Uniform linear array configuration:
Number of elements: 16
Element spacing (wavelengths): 0.25
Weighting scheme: binomial
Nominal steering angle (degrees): -15
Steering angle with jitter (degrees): -16.816
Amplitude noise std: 0.05
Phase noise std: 0.05

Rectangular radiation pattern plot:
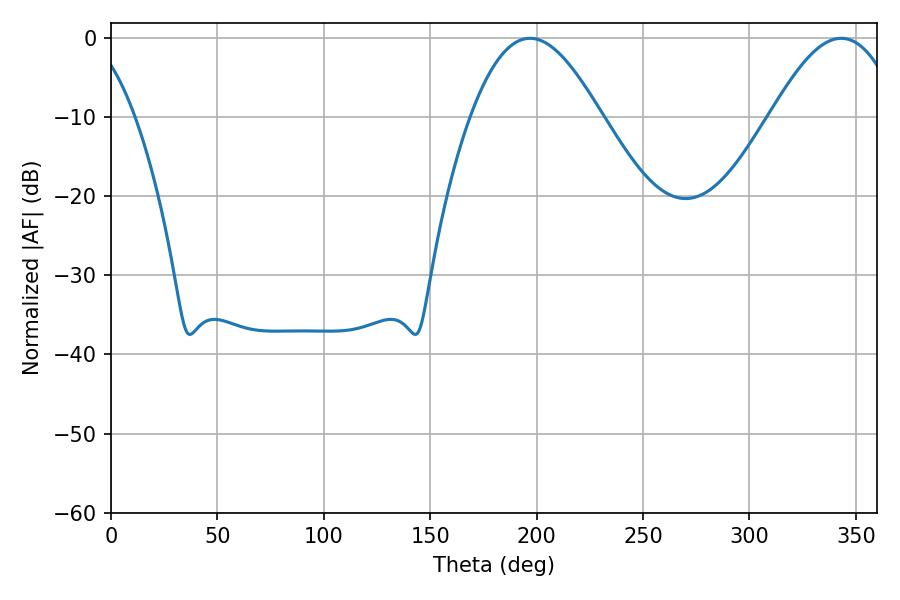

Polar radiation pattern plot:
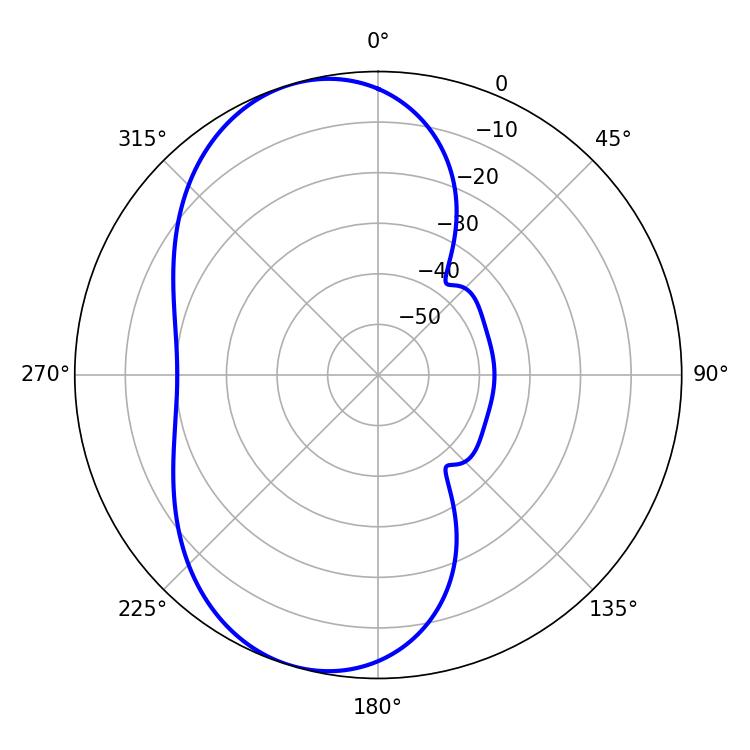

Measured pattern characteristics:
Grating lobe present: FALSE
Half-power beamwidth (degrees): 33.12
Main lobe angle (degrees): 196.92